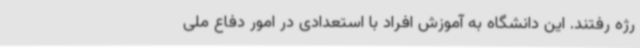
رژه رفتند. این دانشگاه به آموزش افراد با استعدادی در امور دفاع ملی